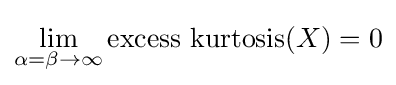
\lim _{\alpha =\beta \to \infty }\operatorname {excess\ kurtosis} (X)=0